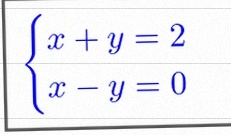
\begin{cases}x+y=2\\x-y=0\end{cases}